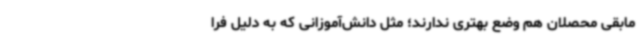
مابقی محصلان هم وضع بهتری ندارند؛ مثل دانش‌آموزانی که به دلیل فرا